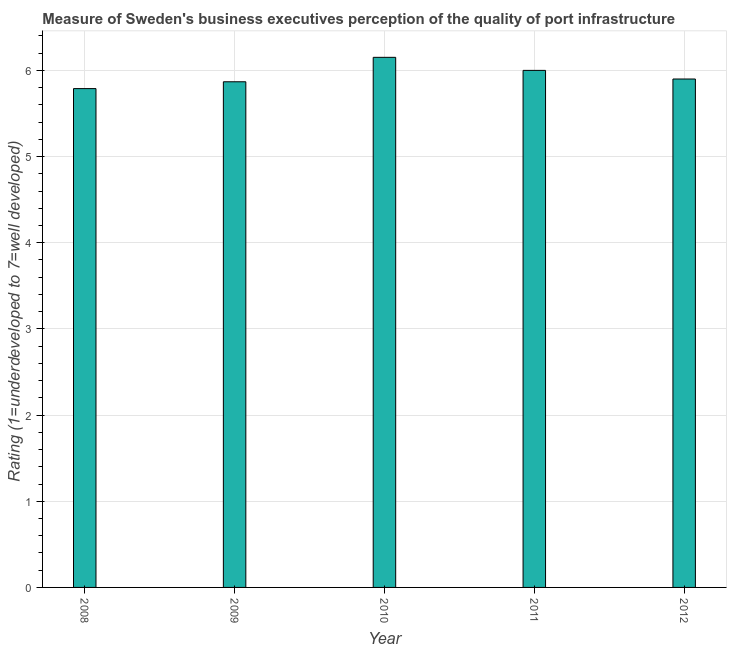
| Year | Quality of port infrastructure |
 | --- | --- |
 | 2008 | 5.79 |
 | 2009 | 5.87 |
 | 2010 | 6.15 |
 | 2011 | 6 |
 | 2012 | 5.9 |